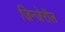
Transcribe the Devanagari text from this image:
जिन्जेरॉल